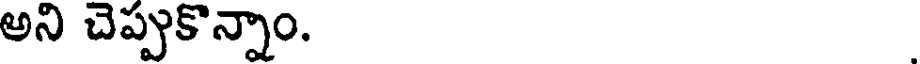
అని చెప్పుకొన్నాం.